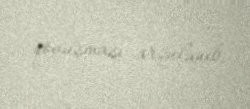
qovuşması arzulanıb.